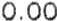
0.00